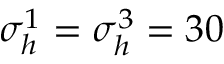
\sigma _ { h } ^ { 1 } = \sigma _ { h } ^ { 3 } = 3 0